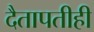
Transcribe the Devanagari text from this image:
दैतापतीही